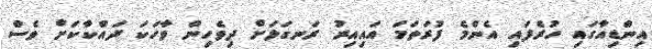
އިންޑިއާގައި ހުރެފައި އެންމެ ފުރަތަމަ އައިއިރު ރަނގަޅަށް ދިވެހިން ވާހަކަ ދައްކާކަށް ވެސް